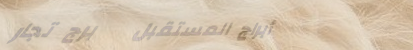
أبراج المستقبل   برج تجار